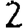
Digit: 2